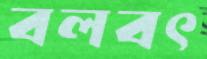
বলবৎ